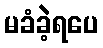
မခံခဲ့ရပေ